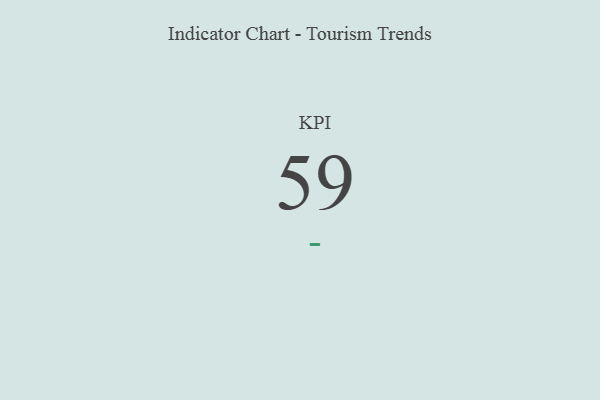
{"axis": {"x": "KPI", "y": "Value"}, "legend": [""], "data": [{"x": "KPI", "y": 59, "type": ""}]}